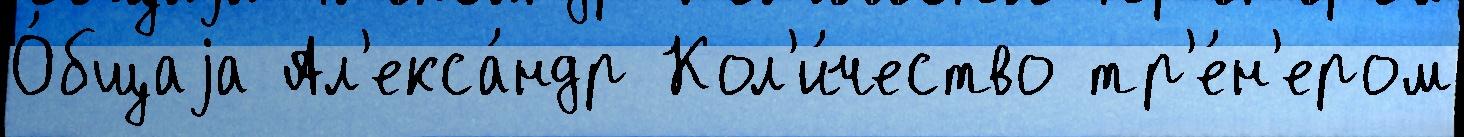
О́бщаjа Ал'екса́ндр Кол'и́чество тр'е́н'ером